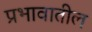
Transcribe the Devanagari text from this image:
प्रभावातील